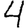
Digit: 4